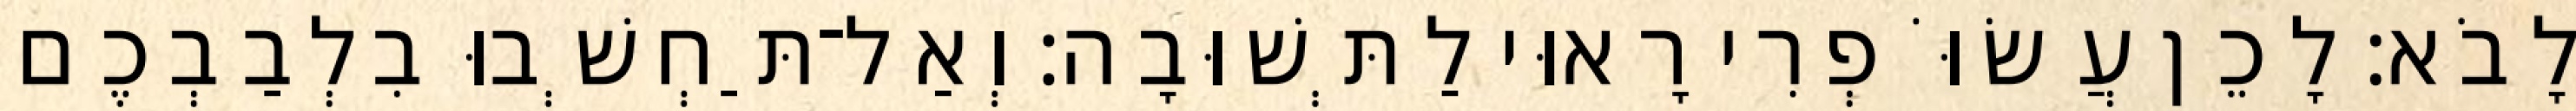
לָבֹא׃ לָכֵן עֲשׂוֹּ פְרִי רָאוּי לַתְּשׁוּבָה׃ וְאַל־תַּחְשְׁבוּ בִלְבַבְכֶם